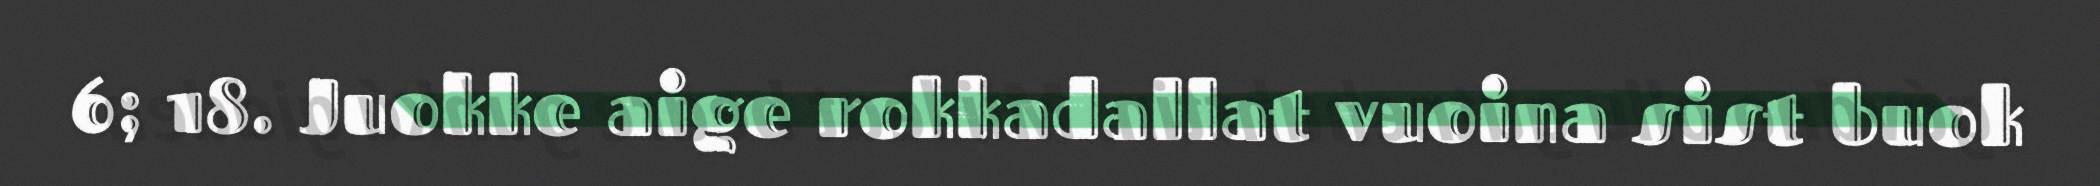
6; 18. Juokke aige rokkadallat vuoina sist buok